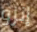
إنزو